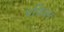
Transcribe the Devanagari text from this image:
पवित्रन